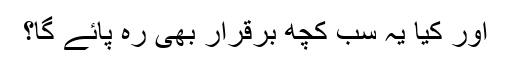
اور کیا یہ سب کچھ برقرار بھی رہ پائے گا؟